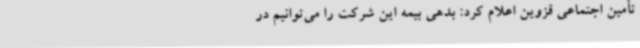
تأمین اجتماعی قزوین اعلام کرد: بدهی بیمه این شرکت را می‌توانیم در